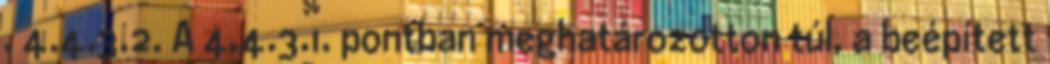
. 4.4.3.2. A 4.4.3.1. pontban meghatározotton túl, a beépített